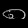
Digit: ၈